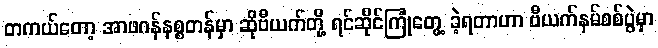
တကယ်တော့ အာဖဂန်နစ္စတန်မှာ ဆိုဗီယက်တို့ ရင်ဆိုင်ကြုံတွေ့ ခဲ့ရတာဟာ ဗီယက်နမ်စစ်ပွဲမှာ